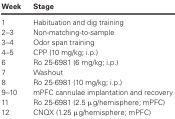
<table><thead><tr><td><b>Week</b></td><td><b>Stage</b></td></tr></thead><tbody><tr><td>1</td><td>Habituation and dig training</td></tr><tr><td>2–3</td><td>Non-matching-to-sample</td></tr><tr><td>3–4</td><td>Odor span training</td></tr><tr><td>4–5</td><td>CPP (10 mg/kg; i.p.)</td></tr><tr><td>6</td><td>Ro 25-6981 (6 mg/kg; i.p.)</td></tr><tr><td>7</td><td>Washout</td></tr><tr><td>8</td><td>Ro 25-6981 (10 mg/kg; i.p.)</td></tr><tr><td>9–10</td><td>mPFC cannulae implantation and recovery</td></tr><tr><td>11</td><td>Ro 25-6981 (2.5 μg/hemisphere; mPFC)</td></tr><tr><td>12</td><td>CNQX (1.25 μg/hemisphere; mPFC)</td></tr></tbody></table>